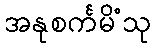
အနုစင်္ကမိံသု